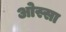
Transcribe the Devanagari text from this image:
ओस्सा